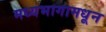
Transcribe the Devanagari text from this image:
मध्यभागामधून